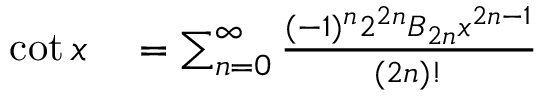
\begin{array} { r l } { \cot x } & { { } { } = \sum _ { n = 0 } ^ { \infty } { \frac { ( - 1 ) ^ { n } 2 ^ { 2 n } B _ { 2 n } x ^ { 2 n - 1 } } { ( 2 n ) ! } } } \end{array}